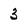
Character: 3